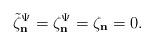
LaTeX: \begin{align*}\tilde{\zeta}_\mathbf{n}^\Psi=\zeta_\mathbf{n}^\Psi=\zeta_\mathbf{n}=0.\end{align*}